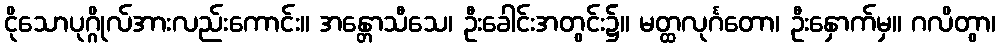
ငိုသောပုဂ္ဂိုလ်အားလည်းကောင်း။ အန္တောသီသေ၊ ဦးခေါင်းအတွင်း၌။ မတ္ထလုင်္ဂတော၊ ဦးနှောက်မှ။ ဂလိတွာ၊